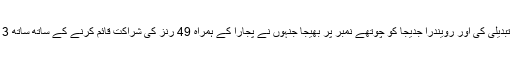
بھارت نے تیزی سے رنز اسکور کرنے کے لیے بیٹنگ آرڈر میں تبدیلی کی اور رویندرا جدیجا کو چوتھے نمبر پر بھیجا جنہوں نے پجارا کے ہمراہ 49 رنز کی شراکت قائم کرنے کے ساتھ ساتھ 3 چھکوں کی مدد سے 40 رنز بنائے جبکہ پاجا نے 81 رنز بنائے۔